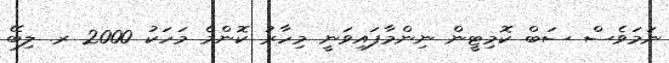
ނަމަވެސް ސަބް ކޮމިޓީން ނިންމާފައިވަނީ މިހާރު ކޮންމެ މަހަކު 2000 ރ. ލިބޭ